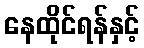
နေထိုင်ရန်နှင့်